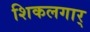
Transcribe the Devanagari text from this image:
शिकलगार्